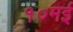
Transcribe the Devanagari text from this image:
१०मई